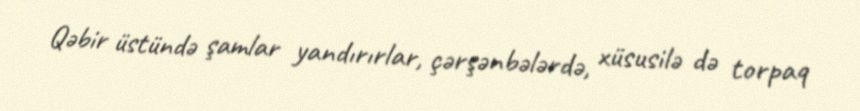
Qəbir üstündə şamlar yandırırlar, çərşənbələrdə, xüsusilə də torpaq